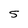
Character: 5